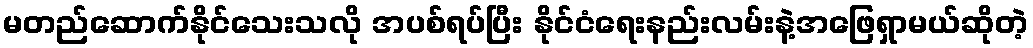
မတည်ဆောက်နိုင်သေးသလို အပစ်ရပ်ပြီး နိုင်ငံရေးနည်းလမ်းနဲ့အဖြေရှာမယ်ဆိုတဲ့